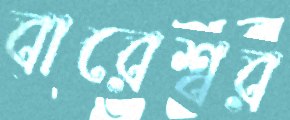
বারেশ্বর